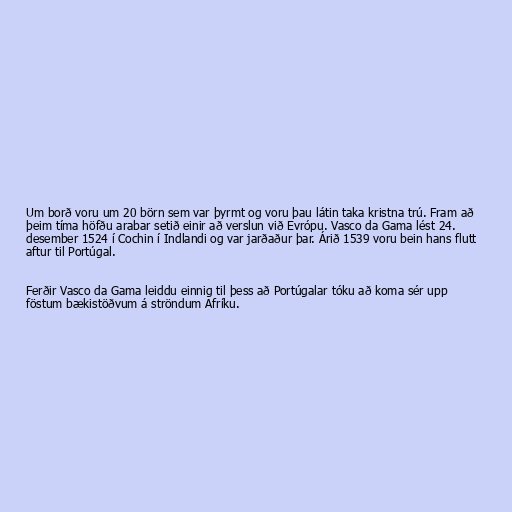
Um borð voru um 20 börn sem var þyrmt og voru þau látin taka kristna trú. Fram að
þeim tíma höfðu arabar setið einir að verslun við Evrópu. Vasco da Gama lést 24.
desember 1524 í Cochin í Indlandi og var jarðaður þar. Árið 1539 voru bein hans flutt
aftur til Portúgal.

Ferðir Vasco da Gama leiddu einnig til þess að Portúgalar tóku að koma sér upp
föstum bækistöðvum á ströndum Afríku.